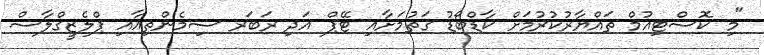
"މި ކޮސްޓިއުމް ތައްޔާރުކުރުމަށް ކާޑްބޯޑު ގަތުމަށާއި ޓޭޕް އަދި ރަބަރ ސިމެންތިއާއި ޕްލެޒީގްލާސް